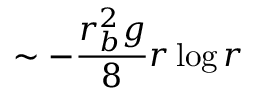
\sim - \frac { r _ { b } ^ { 2 } g } { 8 } r \log r